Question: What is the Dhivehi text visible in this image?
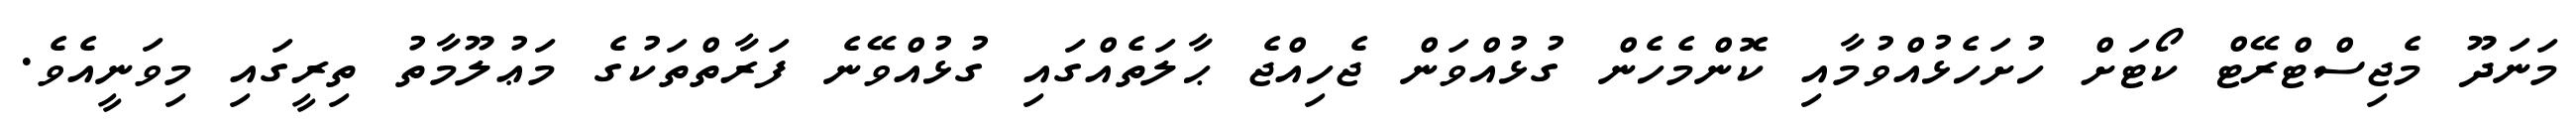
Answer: މަނަދޫ މެޖިސްޓްރޭޓް ކޯޓަށް ހުށަހެޅުއްވުމާއި ކޮންމެހެން ގުޅުއްވަން ޖެހިއްޖެ ޙާލަތެއްގައި ގުޅުއްވޭނެ ފަރާތްތަކުގެ މަޢުލޫމާތު ތިރީގައި މިވަނީއެވެ.